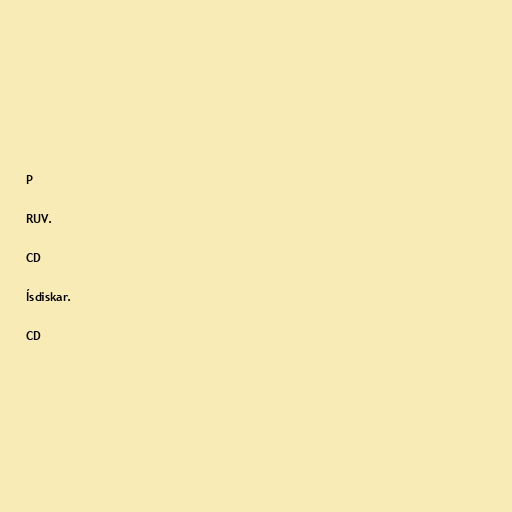
P

RUV.

CD

Ísdiskar.

CD